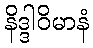
နိဒ္ဒါဝိမာနံ